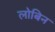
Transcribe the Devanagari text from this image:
लोबिन